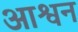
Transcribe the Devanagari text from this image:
आश्वन